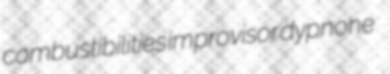
combustibilities improvisor dypnone